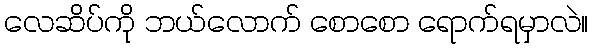
လေဆိပ်ကို ဘယ်လောက် စောစော ရောက်ရမှာလဲ။